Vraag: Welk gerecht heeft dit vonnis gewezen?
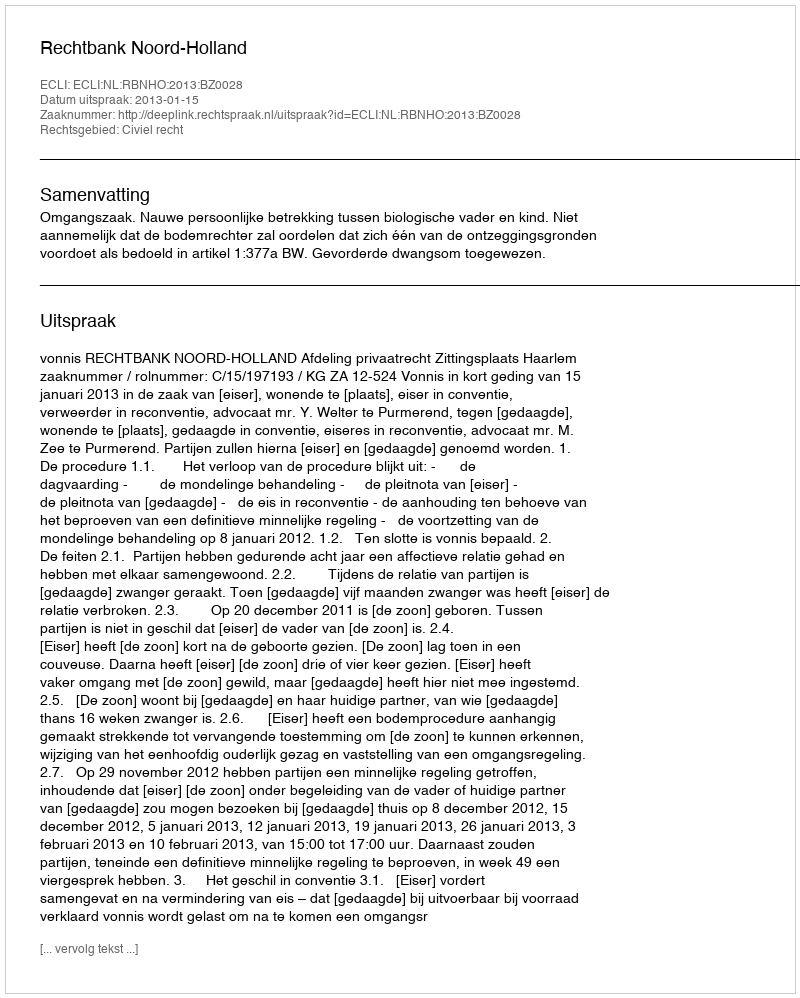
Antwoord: Rechtbank Noord-Holland